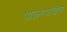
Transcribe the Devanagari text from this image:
पाळण्याचीच